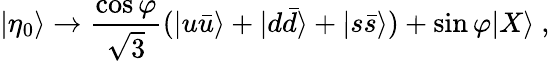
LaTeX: |\eta_{0}\rangle\to\frac{\cos\varphi}{\sqrt{3}}(|u\bar{u}\rangle+|d\bar{d}\rangle+|s\bar{s}\rangle)+\sin\varphi|X\rangle~,